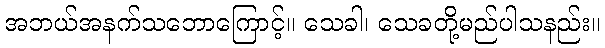
အဘယ်အနက်သဘောကြောင့်။ သေခါ၊ သေခတို့မည်ပါသနည်း။